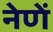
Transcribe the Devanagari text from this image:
नेणें